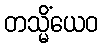
တသ္မိံယေဝ